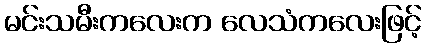
မင်းသမီးကလေးက လေသံကလေးဖြင့်